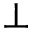
\perp